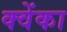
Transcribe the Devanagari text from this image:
क्वेंका